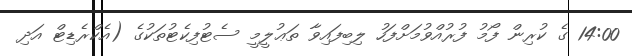
14:00 ގެ ކުރިން ފޯމު ފުރުއްވުމަށްފަހު ލިބިފައިވާ ތަޢުލީމީ ސެޓުފިކެޓުތަކުގެ (އެކްރެޑިޓް އަދި